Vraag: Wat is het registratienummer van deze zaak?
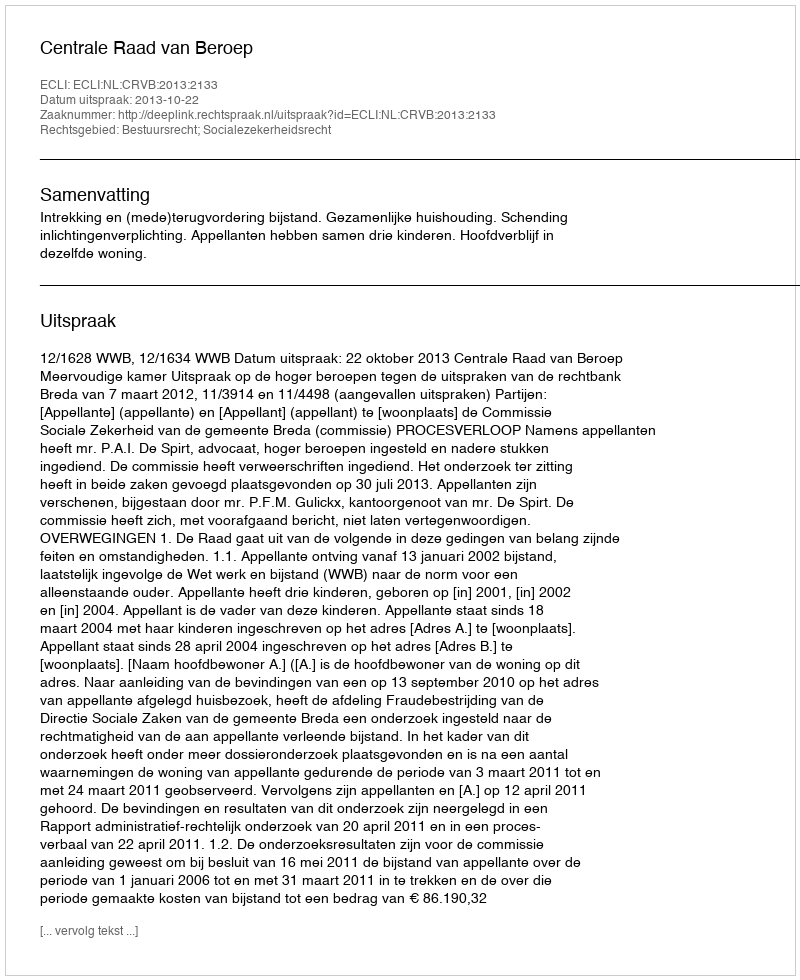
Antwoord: http://deeplink.rechtspraak.nl/uitspraak?id=ECLI:NL:CRVB:2013:2133